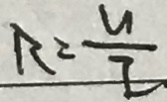
R = \frac { U } { I }